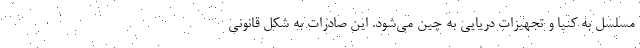
مسلسل به کنیا و تجهیزات دریایی به چین می‌شود. این صادرات به شکل قانونی